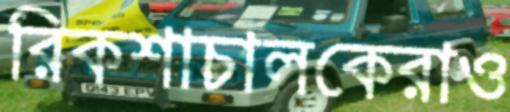
রিকশাচালকেরাও